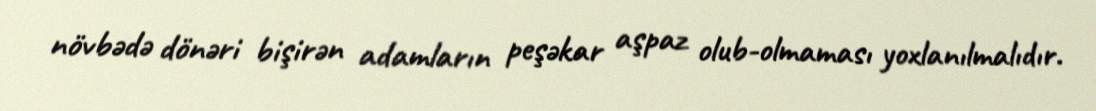
növbədə dönəri bişirən adamların peşəkar aşpaz olub-olmaması yoxlanılmalıdır.